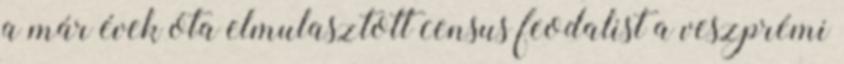
a már évek óta elmulasztott census feodalist a veszprémi